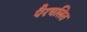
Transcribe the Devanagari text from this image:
पैरचलित